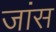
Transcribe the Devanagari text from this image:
जांस